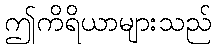
ဤကိရိယာများသည်